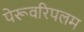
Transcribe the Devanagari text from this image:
पेरूवरिपलम